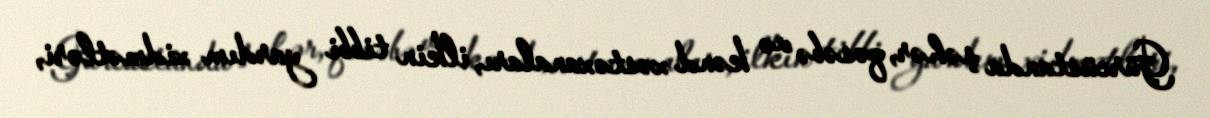
Gürcüstanda şəhər, qəsəbə və kənd xəstəxanaları, ilkin tibbi yardım xidmətləri,